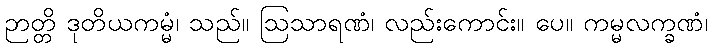
ဉာတ္တိ ဒုတိယကမ္မံ၊ သည်။ ဩသာရဏံ၊ လည်းကောင်း။ ပေ။ ကမ္မလက္ခဏံ၊